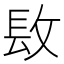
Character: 𨱝